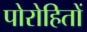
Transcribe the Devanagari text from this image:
पोरोहितों